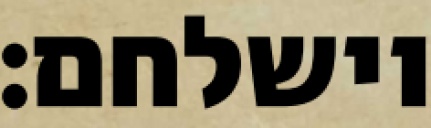
וישלחם: